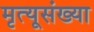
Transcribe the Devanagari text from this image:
मृत्यूसंख्या